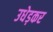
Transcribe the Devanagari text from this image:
उधेड़कर